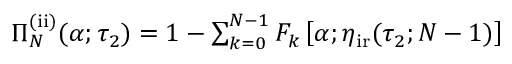
\begin{array} { r } { \Pi _ { N } ^ { \mathrm { ( i i ) } } ( \alpha ; \tau _ { 2 } ) = 1 - \sum _ { k = 0 } ^ { N - 1 } F _ { k } \left[ \alpha ; \eta _ { \mathrm { i r } } ( \tau _ { 2 } ; N - 1 ) \right] } \end{array}